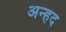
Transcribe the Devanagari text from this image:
अन्‍हद